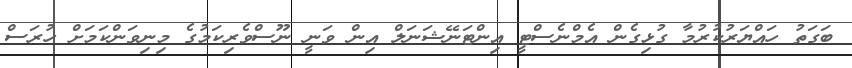
ބަގަތު ހައްޔަރުކުރުމާ ގުޅިގެން އެމްނެސްޓީ އިންޓަނޭޝަނަލް އިން ވަނީ ނޫސްވެރިކަމުގެ މިނިވަންކަމަށް ހުރަސް